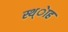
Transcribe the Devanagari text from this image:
स्थ्ेाह